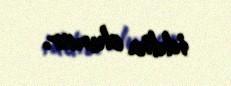
iddia olunur.